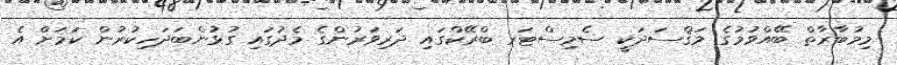
މިމުބާރާތް ބޭއްވުމުގެ މަޤްސަދަކީ ސެމިސްޓަރ ބްރޭކްގައި ދަރިވަރުންގެ މެދުގައި ގުޅުންބަދަހިކުރުން ކަމަށް އެ